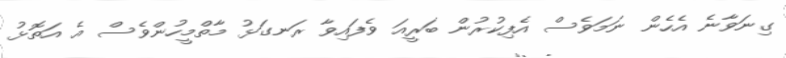
ގިނަވާނެ އެހެން ނަމަވެސް އެފިކުރުން ބަރީއަ ވެފައިވާ ރަނގަޅު މާތްމީހުންވެސް އެ އަތޮޅު